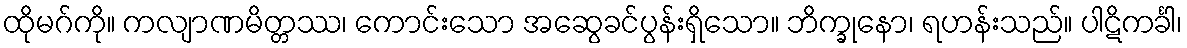
ထိုမဂ်ကို။ ကလျာဏမိတ္တဿ၊ ကောင်းသော အဆွေခင်ပွန်းရှိသော။ ဘိက္ခုနော၊ ရဟန်းသည်။ ပါဋိကင်္ခါ၊